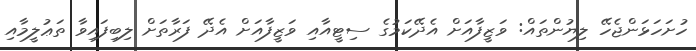
ހުށަހަޅަންޖެހޭ ލިޔުންތައް: ވަޒީފާއަށް އެދޭކަމުގެ ސިޓީއާއި ވަޒީފާއަށް އެދޭ ފަރާތަށް ލިބިފައިވާ ތަޢުލީމާއި